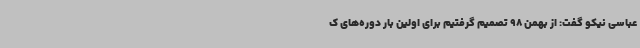
عباسی نیکو گفت: از بهمن 98 تصمیم گرفتیم برای اولین بار دوره‌های ک